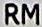
RM